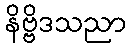
နိဗ္ဗိဒသညာ